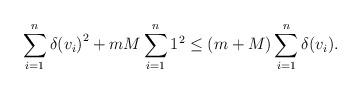
LaTeX: \begin{align*}\sum\limits_{i = 1}^n {\delta {{({v_i})}^2}} + mM\sum\limits_{i = 1}^n {{1^2}\le (m + M)\sum\limits_{i = 1}^n {\delta ({v_i}).} }\end{align*}